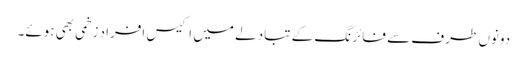
دونوں طرف سے فائرنگ کے تبادلے میں اکیس افراد زخمی بھی ہوئے۔